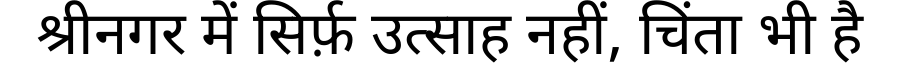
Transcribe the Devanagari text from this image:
श्रीनगर में सिर्फ़ उत्साह नहीं, चिंता भी है